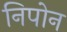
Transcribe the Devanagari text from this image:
निपोन